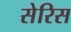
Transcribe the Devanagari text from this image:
सेरिस